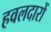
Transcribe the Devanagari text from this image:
हवलदारों